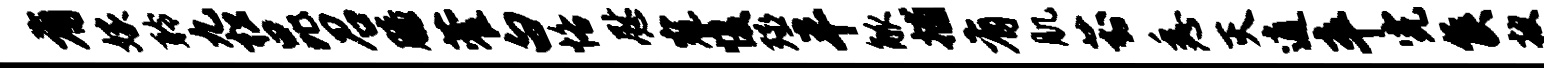
有嫁聆九松昆召膝藿白恪慰寇愎殛半觚捕有肌葑悉灭逍卒完侯披